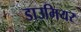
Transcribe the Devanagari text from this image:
डाउमियर